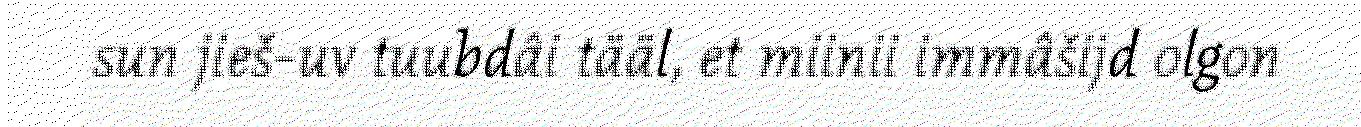
sun jieš-uv tuubdâi tääl, et miinii immâšijd olgon